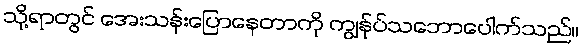
သို့ရာတွင် အေးသန်းပြောနေတာကို ကျွန်ုပ်သဘောပေါက်သည်။